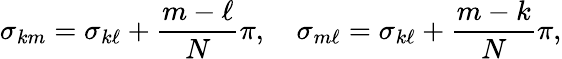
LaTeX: \sigma_{km}=\sigma_{k\ell}+{\frac{m-\ell}{N}}\pi,\quad\sigma_{m\ell}=\sigma_{k\ell}+{\frac{m-k}{N}}\pi,